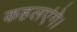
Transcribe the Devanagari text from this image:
कहलएंगे।